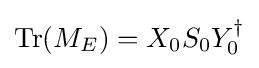
{\text{Tr}}(M_{E})=X_{0}S_{0}Y_{0}^{\dagger }